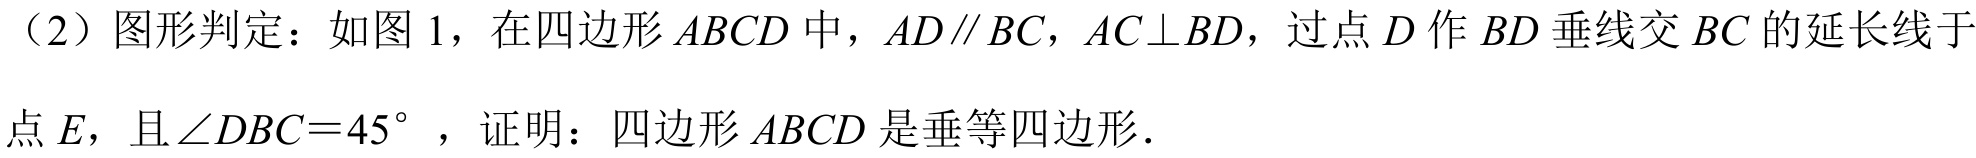
（2）图形判定：如图 1，在四边形 \(ABCD\) 中，\(AD\parallel BC\)，\(AC\perp BD\)，过点 \(D\) 作 \(BD\) 垂线交 \(BC\) 的延长线于点 \(E\)，且\(\angle DBC = 45^{\circ}\) ，证明：四边形 \(ABCD\) 是垂等四边形．